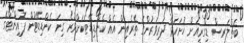
ބެޗްލަރސް ޑިގްރީއަށް ހުށަހަޅާ ދަރިވަރުންގެ ތެރެއިން އެއް ކެންޑިޑޭޓަކަށްވުރެ ގިނަ ކެންޑިޑޭޓުން ޕޮއިންޓްގެ